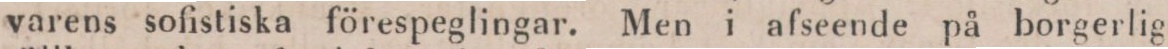
varens sofistiska förespeglingar. Men i afseende på borgerlig